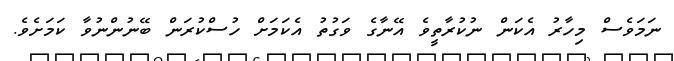
ނަމަވެސް މިހާރު އެކަން ނުކުރާތީވެ އޭނާގެ ވަގުތު އެކަމަށް ހުސްކުރަން ބޭނުންނުވާ ކަމަށެވެ.